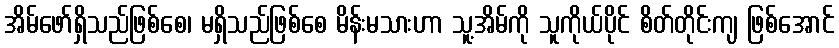
အိမ်ဖော်ရှိသည်ဖြစ်စေ၊ မရှိသည်ဖြစ်စေ မိန်းမသားဟာ သူ့အိမ်ကို သူကိုယ်ပိုင် စိတ်တိုင်းကျ ဖြစ်အောင်